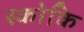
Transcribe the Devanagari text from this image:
स्कोकि